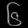
Digit: ၆